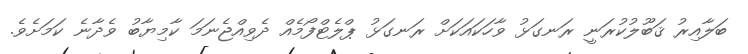
ބަލާއިރު ޤަބޫލުކުރަނީ ރަނގަޅު ވާހަކައަކަށް ރަނގަޅު ޕްލެޓްފޯމެއް ދެވިއްޖެނަމަ ކާމިޔާބު ވެދާނެ ކަމަށެވެ.